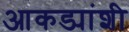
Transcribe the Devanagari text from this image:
आकड्यांशी